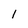
Character: I